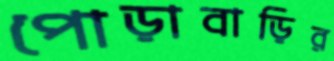
পোড়াবাড়ির